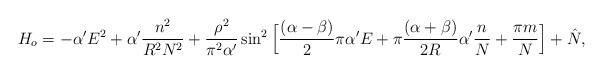
LaTeX: \begin{align*}H_o = -\alpha^{\prime}E^2 +\alpha^{\prime}\frac{n^2}{R^2N^2}+ \frac{\rho^2}{\pi^2\alpha^{\prime}}\sin^2 \Big[ \frac{(\alpha -\beta)}{2}\pi \alpha^{\prime}E+\pi \frac{(\alpha +\beta)}{2R}\alpha^{\prime}\frac{n}{N} + \frac{\pi m}{N}\Big] + \hat N,\end{align*}